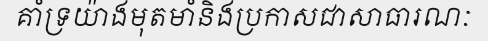
គាំទ្រយ៉ាងមុតមាំនិងប្រកាសជាសាធារណៈ